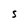
Character: S